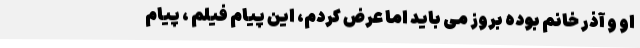
او و آذر خانم بوده بروز می باید اما عرض کردم، این پیام فیلم ، پیام